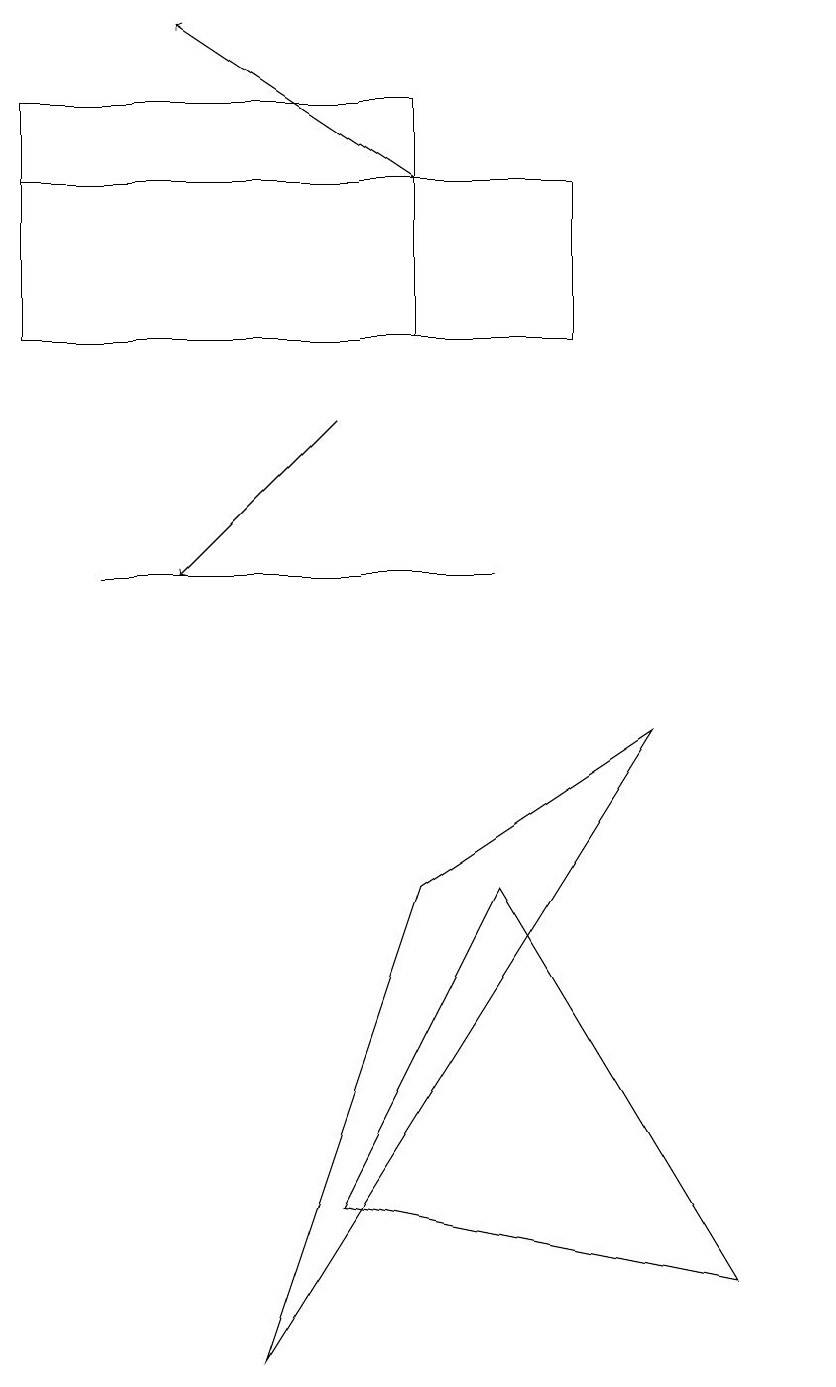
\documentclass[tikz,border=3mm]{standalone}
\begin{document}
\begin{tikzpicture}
\draw (10,11) circle (0);
\draw (8,8) -- (3,0) -- (5,6) -- cycle;
\draw[->] (5,15) -- (2,17);
\draw (0,13) rectangle (5,16);
\draw[->] (4,12) -- (2,10);
\draw (6,10) rectangle (1,10);
\draw (9,1) -- (6,6) -- (4,2) -- cycle;
\draw (7,15) rectangle (0,13);
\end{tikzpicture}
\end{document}